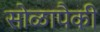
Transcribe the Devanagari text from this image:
सोळापैकी